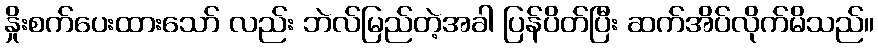
နှိုးစက်ပေးထားသော် လည်း ဘဲလ်မြည်တဲ့အခါ ပြန်ပိတ်ပြီး ဆက်အိပ်လိုက်မိသည်။